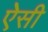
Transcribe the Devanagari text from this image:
ऐेसी